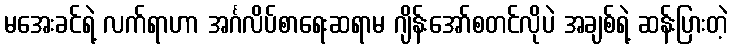
မအေးခင်ရဲ့ လက်ရာဟာ အင်္ဂလိပ်စာရေးဆရာမ ဂျိန်းအော်စတင်လိုပဲ အချစ်ရဲ့ ဆန်းပြားတဲ့